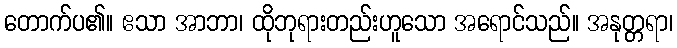
တောက်ပ၏။ ဧသာ အာဘာ၊ ထိုဘုရားတည်းဟူသော အရောင်သည်။ အနုတ္တရာ၊